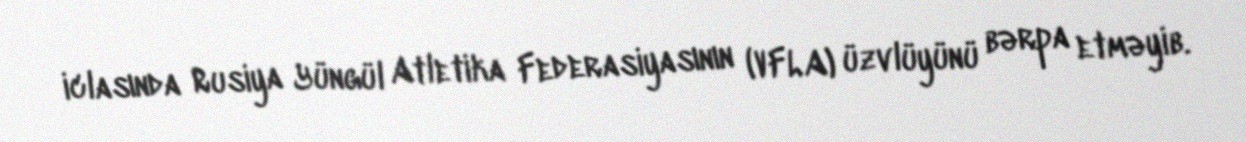
iclasında Rusiya Yüngül Atletika Federasiyasının (VFLA) üzvlüyünü bərpa etməyib.